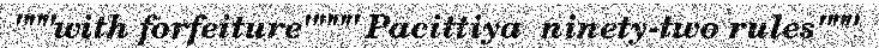
"""with forfeiture"""" Pacittiya  ninety-two rules"""